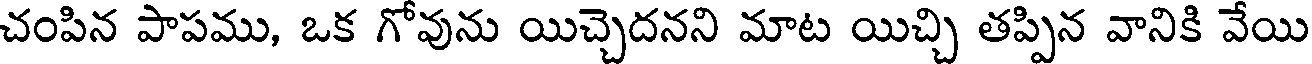
చంపిన పాపము, ఒక గోవును యిచ్చెదనని మాట యిచ్చి తప్పిన వానికి వేయి